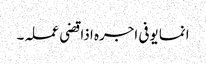
انما یوفی اجرہ اذا قضی عملہ۔